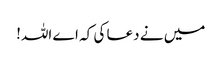
میں نے دعا کی کہ اے اللہ!